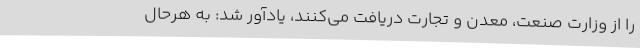
را از وزارت صنعت، معدن و تجارت دریافت می‌کنند، یادآور شد: به هرحال